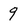
Character: 9